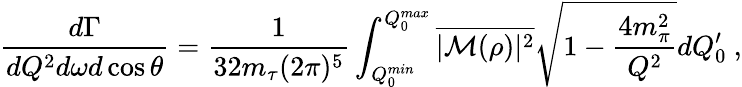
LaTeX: \frac{d\Gamma}{dQ^{2}d\omega d\cos\theta}=\frac{1}{32m_{\tau}(2\pi)^{5}}\int_{Q_{0}^{min}}^{Q_{0}^{max}}\overline{{{|{\cal M}(\rho)|^{2}}}}\sqrt{1-\frac{4m_{\pi}^{2}}{Q^{2}}}dQ_{0}^{\prime}\ ,